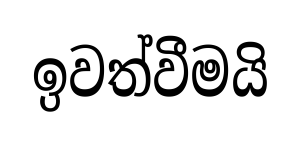
ඉවත්වීමයි